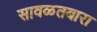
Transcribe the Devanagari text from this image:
सावळतबारा